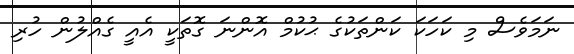
ނަމަވެސް މި ކަހަކަ ކަންތަކުގެ ޙުކުމް އޮންނަ ގޮތަކީ އެއީ ގެއްލުން ހުރި